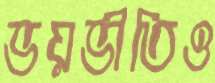
ভয়ভীতিও